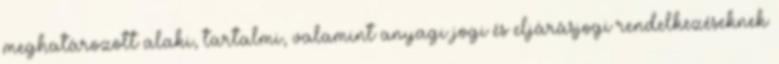
meghatározott alaki, tartalmi, valamint anyagi jogi és eljárásjogi rendelkezéseknek